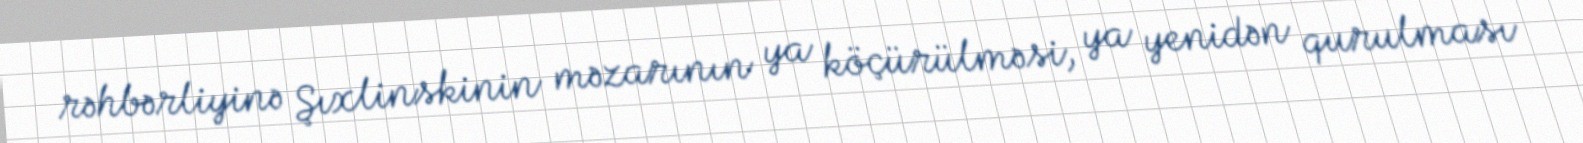
rəhbərliyinə Şıxlinskinin məzarının ya köçürülməsi, ya yenidən qurulması